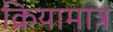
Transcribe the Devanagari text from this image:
क्रियामात्र